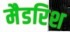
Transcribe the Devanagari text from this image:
मैडरिश